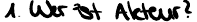
1. Wer ist Akteur?